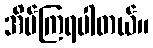
အိပ်ကြရပါတယ်။